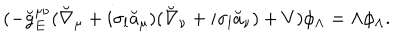
( - \breve { g } _ { E } ^ { \mu \nu } ( \breve { \nabla } _ { \mu } + i \sigma _ { l } \breve { a } _ { \mu } ) ( \breve { \nabla } _ { \nu } + i \sigma _ { l } \breve { a } _ { \nu } ) + V ) \phi _ { \Lambda } = \Lambda \phi _ { \Lambda } .